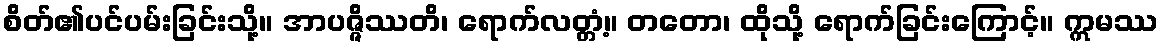
စိတ်၏ပင်ပမ်းခြင်းသို့။ အာပဇ္ဇိဿတိ၊ ရောက်လတ္တံ့။ တတော၊ ထိုသို့ ရောက်ခြင်းကြောင့်။ ဣမဿ